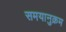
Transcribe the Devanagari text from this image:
समयानुक्रम